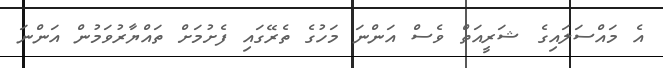
އެ މައްސަލައިގެ ޝަރީއަތް ވެސް އަންނަ މަހުގެ ތެރޭގައި ފެށުމަށް ތައްޔާރުވަމުން އަންނަ